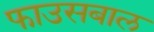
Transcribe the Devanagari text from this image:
फाउसबाल